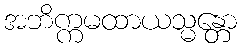
အဘိက္ကမထာယသ္မန္တော